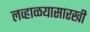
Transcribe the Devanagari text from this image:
लव्हाळयासारखी